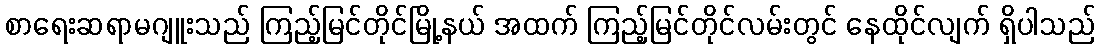
စာရေးဆရာမဂျူးသည် ကြည့်မြင်တိုင်မြို့နယ် အထက် ကြည့်မြင်တိုင်လမ်းတွင် နေထိုင်လျက် ရှိပါသည်